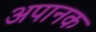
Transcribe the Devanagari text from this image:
अपानक